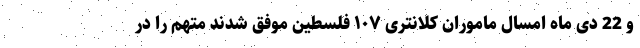
و 22 دی ماه امسال ماموران کلانتری ۱۰۷ فلسطین موفق شدند متهم را در